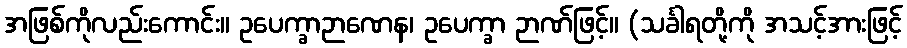
အဖြစ်ကိုလည်းကောင်း။ ဥပေက္ခာဉာဏေန၊ ဥပေက္ခာ ဉာဏ်ဖြင့်။ (သင်္ခါရတို့ကို အသင့်အားဖြင့်